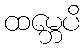
ထမ္ဘေပိ